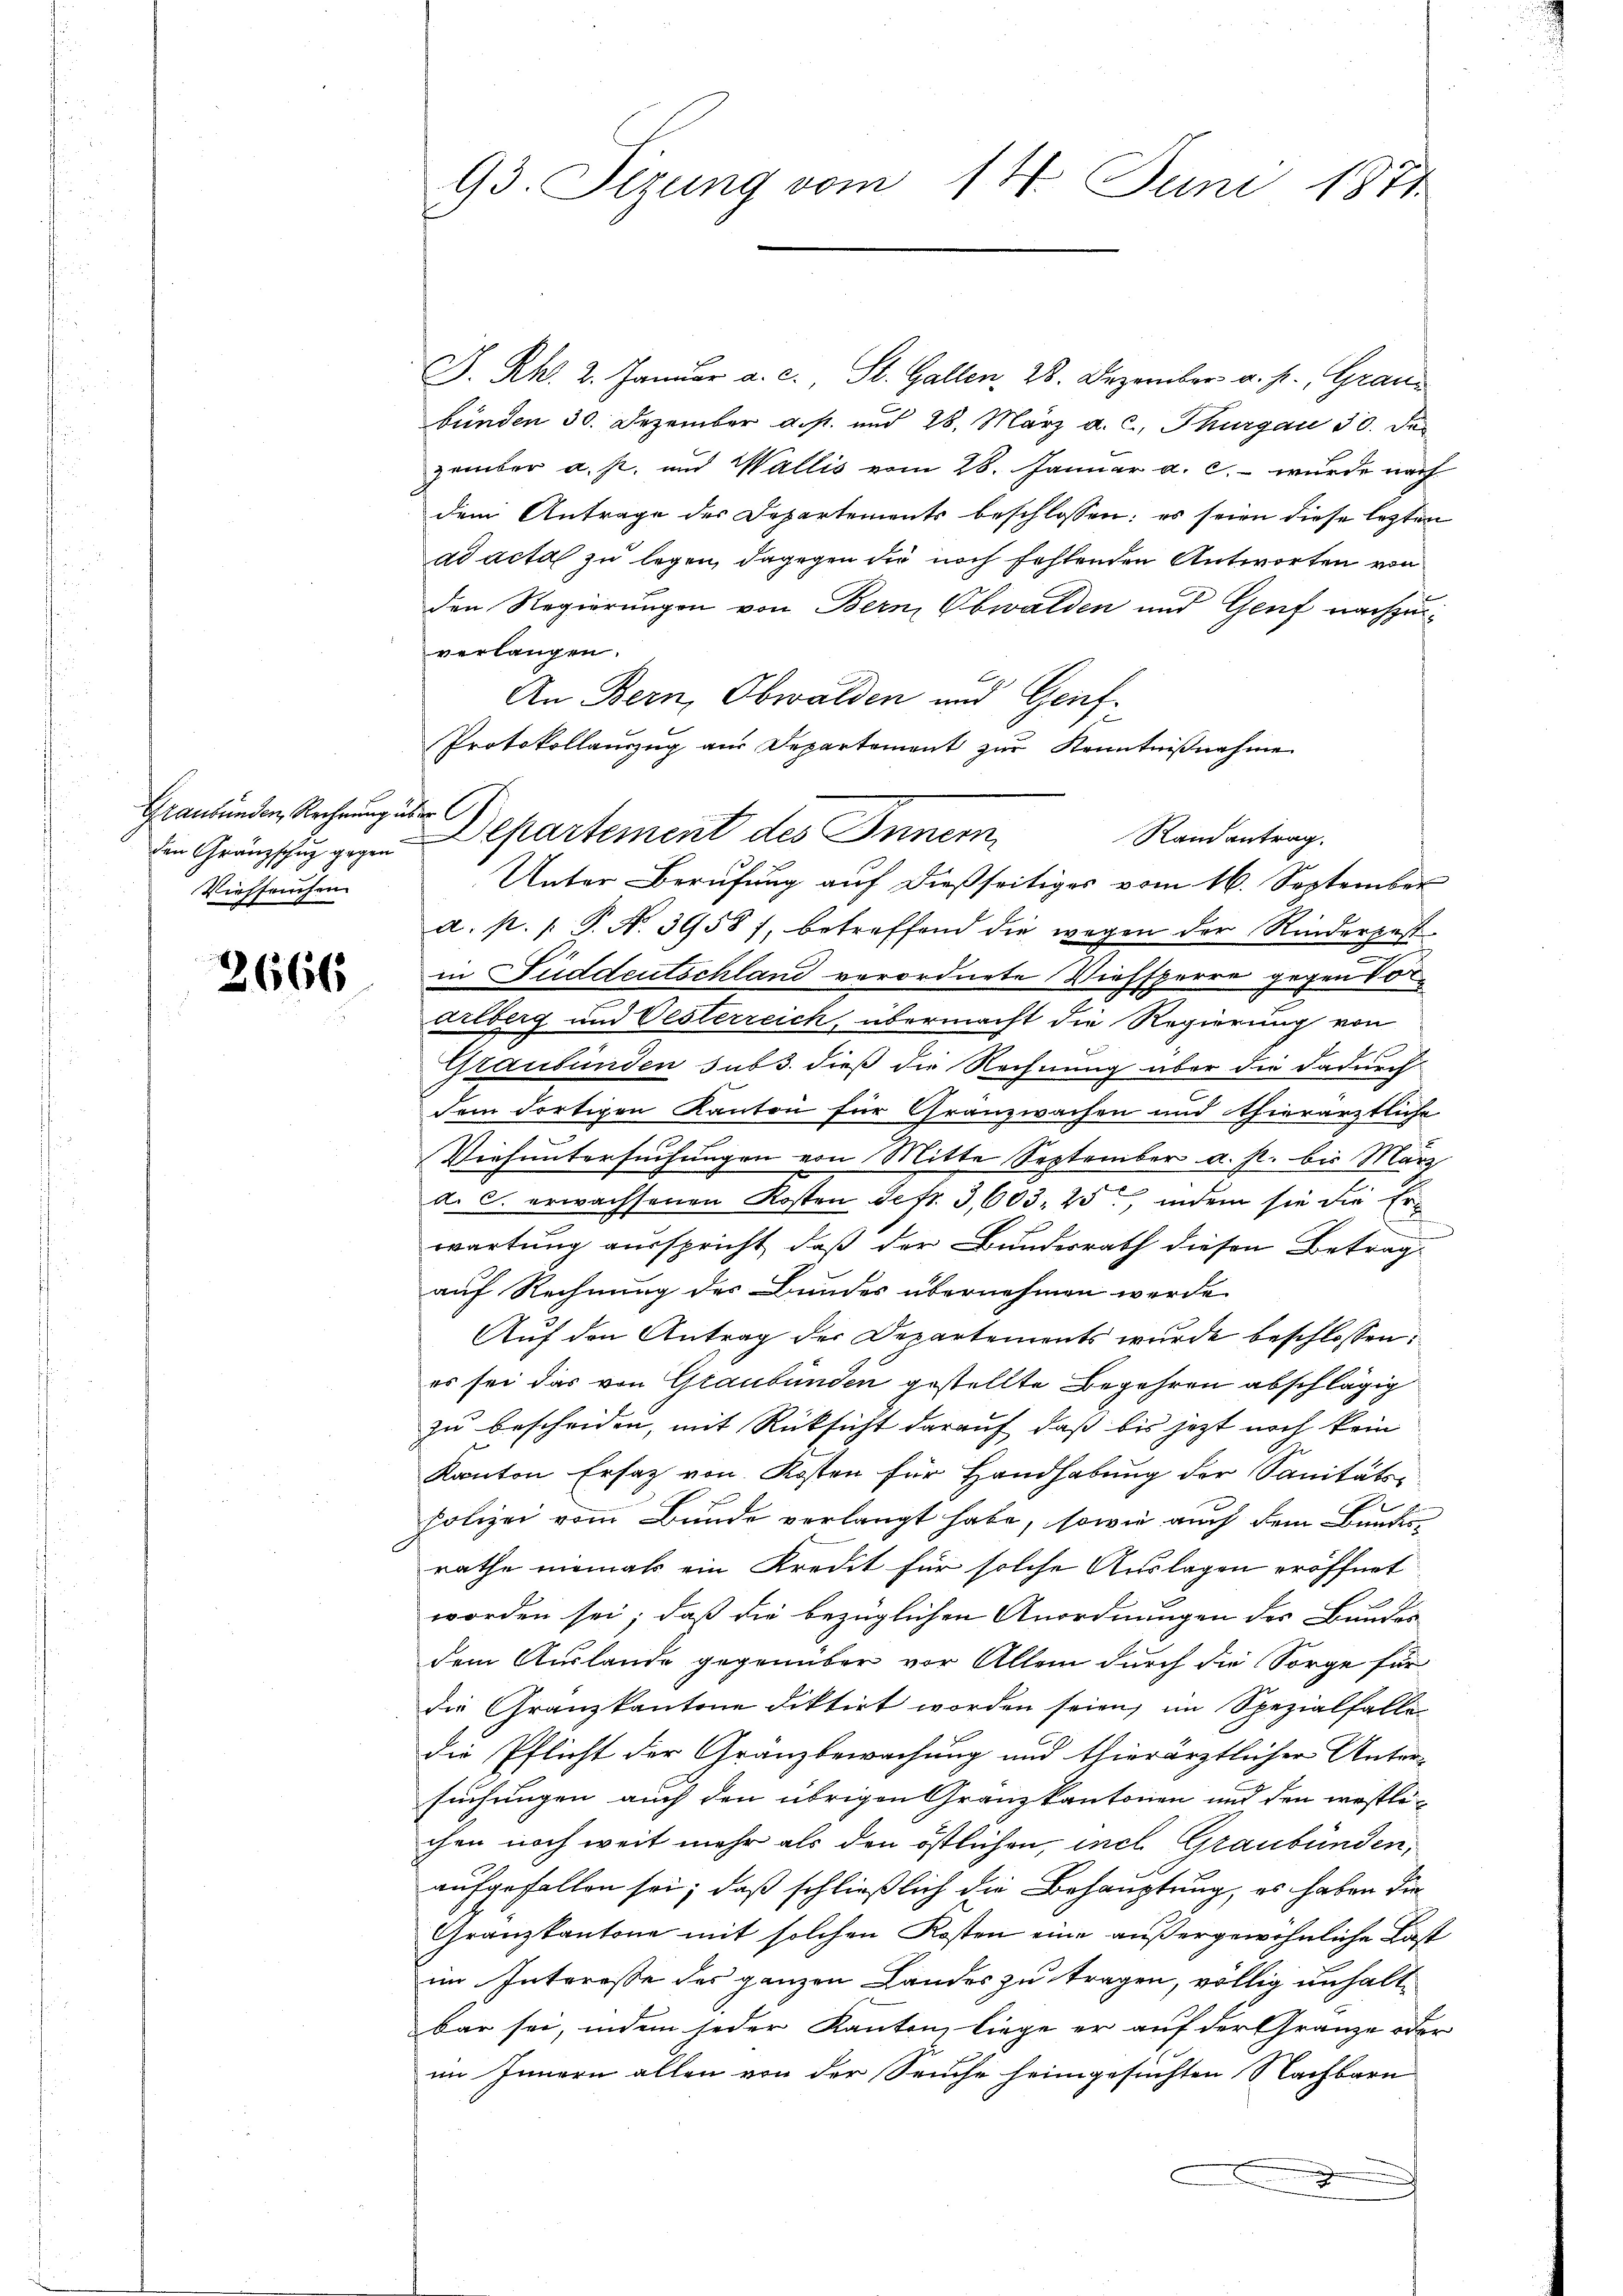
Graubünden, Rechnung in
Viehseuchen

2666

93. Sizung vom 14. Juni 1874

hr C
die Gränzchen Departement des Inner

J. Rh. 2. Januar a. c., St. Gallen, 28. Dezember a. p. Graubünden 30. Dezember a. p. und 28. März a. c., Thurgau 30. de
zember a. p. und Wallis vom 28. Januar a. c. wurde nach
dem Antrage der Departements beschlossen: es seien diese lezten
ad acta zu legen, dagegen die noch fehlenden Antworten von
den Regierungen von Bern, Obwalden und Genf nachzuverlangen.
An Bern, Obwalden und Geif¬
Protokollanzug aus Departement zur Kenntnißnahme
Randantrag.
Unter Berufung auf dießseitiges vom 16. September
a. p. P. N. 39587, betreffend die wegen der Rinderpest
in Fuddeutschland verordnete Viehsperre gegen Vorarlberg und Oesterreich, übermacht die Regierung von
Graubünden sub 3. dieß die Rechnung über die dadurch-
dem dortigen Kanton für Gränzwachen und Thierärztliche
Viesuntersuchungen von Mitte September a. p. bis März
d. C. erwachsenen Kosten defr. 3, 603. 25, indem sie die Erwartung ausspricht, daß der Bundesrath diesen Betrag-
auf Rechnung des Bundes übernehmen werde.
Auf den Antrag der Departements wurde beschlossen:
es sei das von Graubünden gestellte Begehren abschlägig
zu bescheiden, mit Rücksicht darauf, daß bis jetzt noch kein
Kanton Ersatz von Kosten für Handhabung der Sanitäts-
E
polizei vom Bunde verlangt habe, sowie auch dem Bundes-
rathe niemals ein Kredit für solche Auslagen eröffnet
worden sei; daß die bezüglichen Anordnungen des Bundes
dem Auslande gegründer vor Allem durch die Sorge für
die Granzkantone diktirt worden seien, im Spezialfalle
die Pflicht der Granzbewachung und thierärztlicher Unter-
suchungen auch den übrigen Granzkantonen und den westlichen noch weit mehr als den östlichen, incl. Graubünden,
aufgefallen sei; daß schließlich die Behauptung, es haben die
Granzkantone mit solchen Kosten eine außergewöhnliche Last
im Interesse des ganzen Landes zu tragen, völlig unhaltbar sei, indem jeder Kanton, liege er auf der Gränze oder
im Innern allen von der Seuche heimgesuchten Nachbarn
.